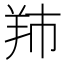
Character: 䍨